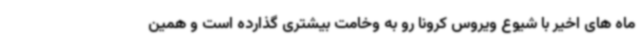
ماه های اخیر با شیوع ویروس کرونا رو به وخامت بیشتری گذارده است و همین